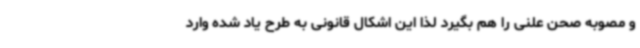
و مصوبه صحن علنی را هم بگیرد لذا این اشکال قانونی به طرح یاد شده وارد